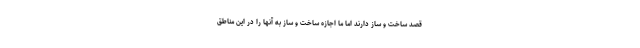
قصد ساخت و ساز دارند اما ما اجازه ساخت و ساز به آنها را در این مناطق